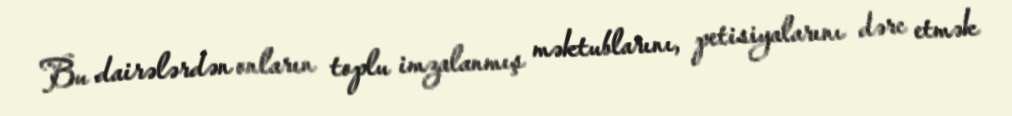
Bu dairələrdən onların toplu imzalanmış məktublarını, petisiyalarını dərc etmək